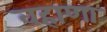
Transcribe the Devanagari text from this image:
वहाणा